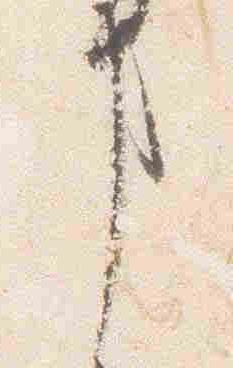
事